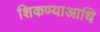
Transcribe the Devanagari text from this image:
शिकण्याआधि